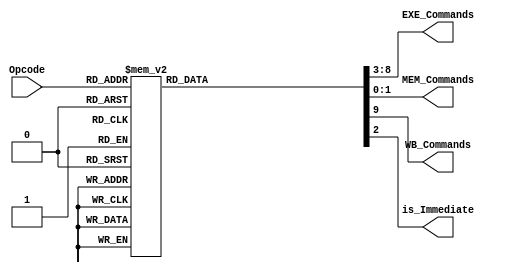
module Control_unit
	(
		input [5:0]Opcode,
		// ex -> [1:0] br control, [5:2] alu op
		output reg[5:0] EXE_Commands,
		
		output reg[1:0] MEM_Commands,
		output reg WB_Commands,
		output reg is_Immediate
	);
	always @(*) begin
		{EXE_Commands, MEM_Commands, WB_Commands, is_Immediate} = 10'b0;
		case (Opcode)
			// R Type
			6'b000001:
			begin : Addition
				EXE_Commands = {4'b0, 2'b0};
				WB_Commands = 1'b1;
			end
			6'b000011: 
			begin : Subtraction
				EXE_Commands = {4'b0010, 2'b0};
				WB_Commands = 1'b1;
			end
			6'b000101:
			begin : And
				EXE_Commands = {4'b0100, 2'b0};
				WB_Commands = 1'b1;
			end
			6'b000110:
			begin : Or
				EXE_Commands = {4'b0101, 2'b0};
				WB_Commands = 1'b1;
			end
			6'b000111:
			begin : Nor
				EXE_Commands = {4'b0110, 2'b0};
				WB_Commands = 1'b1;
			end
			6'b001000:
			begin : Xor
				EXE_Commands = {4'b0111, 2'b0};
				WB_Commands = 1'b1;
			end
			6'b001001:
			begin : SLA
				EXE_Commands = {4'b1000, 2'b0};
				WB_Commands = 1'b1;
			end
			6'b001010:
			begin : SLL
				EXE_Commands = {4'b1000, 2'b0};
				WB_Commands = 1'b1;
			end
			6'b001011:
			begin : SRA
				EXE_Commands = {4'b1001, 2'b0};
				WB_Commands = 1'b1;
			end
			6'b001100:
			begin : SRL
				EXE_Commands = {4'b1010, 2'b0};
				WB_Commands = 1'b1;
			end

			// I Type
			6'b100000:
			begin : AddI
				EXE_Commands = {4'b0000, 2'b0};
				is_Immediate = 1'b1;
				WB_Commands = 1'b1;
			end
			6'b100001:
			begin : SubI
				EXE_Commands = {4'b0010, 2'b0};
				is_Immediate = 1'b1;
				WB_Commands = 1'b1;
			end
			6'b100100:
			begin : Load
				EXE_Commands = {4'b0000, 2'b0};
				MEM_Commands = {2'b01};
				WB_Commands = 1'b1;
				is_Immediate = 1'b1;
			end
			6'b100101:
			begin : Store
				EXE_Commands = {4'b0000, 2'b0};
				MEM_Commands = {2'b10};
				is_Immediate = 1'b1;
			end
			6'b101000:
			begin : BEZ
				EXE_Commands = {4'b0000, 2'b01};
				is_Immediate = 1'b1;
			end
			6'b101001:
			begin : BNE
				EXE_Commands = {4'b0000, 2'b10};
				is_Immediate = 1'b1;
			end
			6'b101010:
			begin : Jump
				EXE_Commands = {4'b0000, 2'b11};
				is_Immediate = 1'b1;
			end
			default : /* default */;
		endcase
	end
endmodule